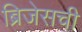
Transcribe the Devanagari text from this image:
ब्रिजेसची